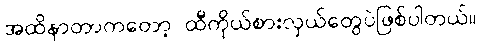
အထိနာတာကတော့ ထီကိုယ်စားလှယ်တွေပဲဖြစ်ပါတယ်။